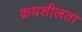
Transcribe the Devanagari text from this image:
क्रयशीलता